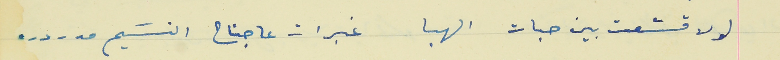
لولا قشعت بين حبات الهبا                           غبرات عا جناح النسَيم مدردره